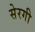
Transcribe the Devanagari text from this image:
सेरगी